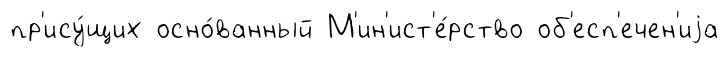
пр'ису́щих осно́ванный М'ин'ист'е́рство об'есп'ечен'иjа